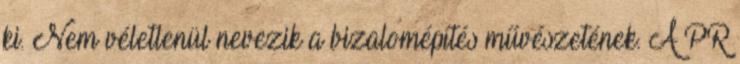
ki. Nem véletlenül nevezik a bizalomépítés művészetének. A PR